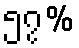
၅၇%